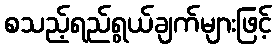
စသည့်ရည်ရွယ်ချက်များဖြင့်